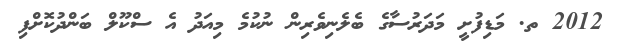
2012 ތ. މަޑިފުށީ މަދަރުސާގެ ބެލެނިވެރިން ނުކުމެ މިއަދު އެ ސްކޫލް ބަންދުކޮށްފި